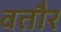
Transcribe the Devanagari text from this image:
वतौर